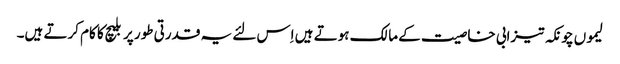
لیموں چونکہ تیزابی خاصیت کے مالک ہوتے ہیں اِس لئے یہ قدرتی طور پر بلیچ کا کام کرتے ہیں۔